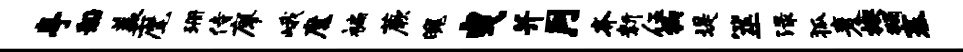
亭船盖麾珊侍廖峨魔褊蕨魄曳并月齐新伍钩堤筮渌狐麦楔蠲寨